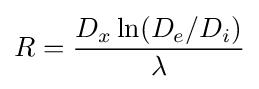
R={\frac {D_{x}\ln(D_{e}/D_{i})}{\lambda }}